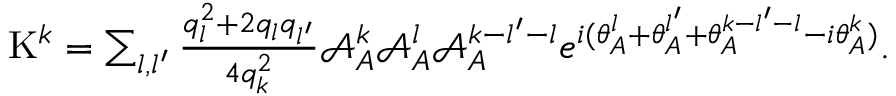
\begin{array} { r } { \mathrm { K } ^ { k } = \sum _ { l , l ^ { \prime } } \frac { q _ { l } ^ { 2 } + 2 q _ { l } q _ { l ^ { \prime } } } { 4 q _ { k } ^ { 2 } } { \mathcal { A } _ { A } ^ { k } \mathcal { A } _ { A } ^ { l } } \mathcal { A } _ { A } ^ { k - l ^ { \prime } - l } e ^ { i ( \theta _ { A } ^ { l } + \theta _ { A } ^ { l ^ { \prime } } + \theta _ { A } ^ { k - l ^ { \prime } - l } - { i \theta _ { A } ^ { k } } ) } . } \end{array}